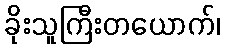
ခိုးသူကြီးတယောက်၊